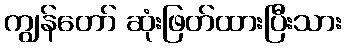
ကျွန်တော် ဆုံးဖြတ်ထားပြီးသား